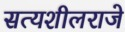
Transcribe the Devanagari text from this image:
सत्यशीलराजे